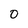
Character: 0